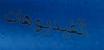
الفيديوهات